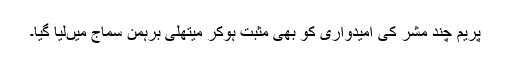
پریم چند مشر کی امیدواری کو بھی مثبت ہوکر میتھلی برہمن سماج میںلیا گیا۔